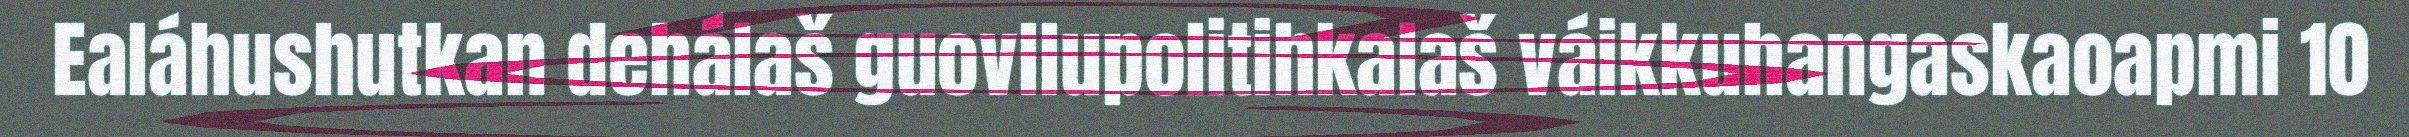
Ealáhushutkan dehálaš guovllupolitihkalaš váikkuhangaskaoapmi 10